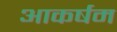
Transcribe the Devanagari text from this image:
आकर्षम